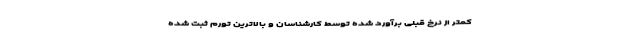
کمتر از نرخ قبلی برآورد شده توسط کارشناسان و بالاترین تورم ثبت شده